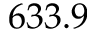
6 3 3 . 9